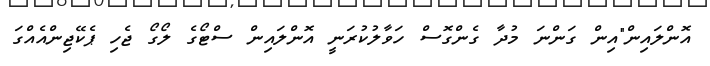
އޮންލައިން"އިން ގަންނަ މުދާ ގެންގޮސް ހަވާލުކުރަނީ އޮންލައިން ސްޓޯގެ ލޯގޯ ޖެހި ޕެކޭޖިންއެއްގަ